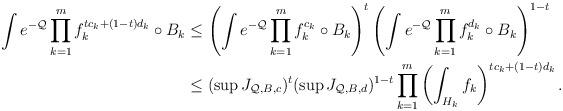
LaTeX: \begin{align*} \int e^{-\mathcal Q } \prod_{k=1}^m f_k^{tc_k+(1-t)d_k}\circ B_k & \le \left(\int e^{-\mathcal Q} \prod_{k=1}^m f_k^{c_k}\circ B_k \right)^t \left(\int e^{-\mathcal Q } \prod_{k=1}^m f_k^{d_k}\circ B_k \right)^{1-t} \\ &\le (\sup J_{\mathcal Q,B,c})^t (\sup J_{\mathcal Q,B,d})^{1-t} \prod_{k=1}^m \left(\int_{H_k} f_k \right)^{tc_k+(1-t)d_k}.\end{align*}